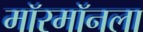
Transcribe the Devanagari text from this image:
मॉरमॉनला